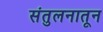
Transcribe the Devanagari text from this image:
संतुलनातून